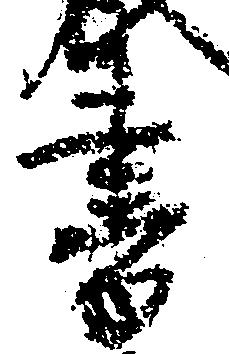
書